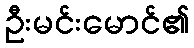
ဦးမင်းမောင်၏